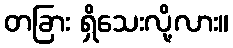
တခြား ရှိသေးလို့လား။